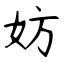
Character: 妨